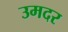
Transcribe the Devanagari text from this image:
उमदर